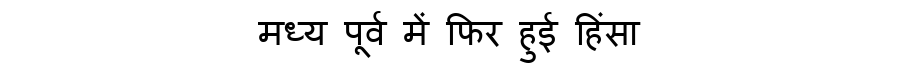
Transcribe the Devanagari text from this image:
मध्य पूर्व में फिर हुई हिंसा